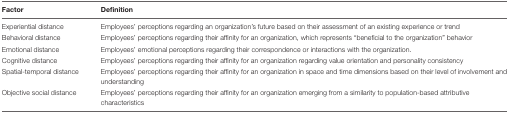
<table><thead><tr><td><b>Factor</b></td><td><b>Definition</b></td></tr></thead><tbody><tr><td>Experiential distance</td><td>Employees’ perceptions regarding an organization’s future based on their assessment of an existing experience or trend</td></tr><tr><td>Behavioral distance</td><td>Employees’ perceptions regarding their affinity for an organization, which represents “beneficial to the organization” behavior</td></tr><tr><td>Emotional distance</td><td>Employees’ emotional perceptions regarding their correspondence or interactions with the organization.</td></tr><tr><td>Cognitive distance</td><td>Employees’ perceptions regarding their affinity for an organization regarding value orientation and personality consistency</td></tr><tr><td>Spatial-temporal distance</td><td>Employees’ perceptions regarding their affinity for an organization in space and time dimensions based on their level of involvement and understanding</td></tr><tr><td>Objective social distance</td><td>Employees’ perceptions regarding their affinity for an organization emerging from a similarity to population-based attributive characteristics</td></tr></tbody></table>